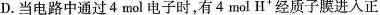
D.当电路中通过4mol电子时，有4molH^{+}经质子膜进入正